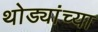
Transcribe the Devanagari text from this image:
थोड्यांच्या